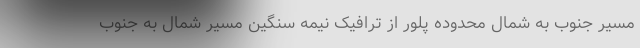
مسیر جنوب به شمال محدوده پلور از ترافیک نیمه سنگین مسیر شمال به جنوب